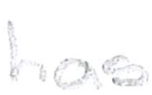
Text: has
Cross-out: clean
Writing tool: pencil